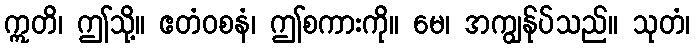
ဣတိ၊ ဤသို့။ ဧတံဝစနံ၊ ဤစကားကို။ မေ၊ အကျွန်ုပ်သည်။ သုတံ၊